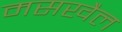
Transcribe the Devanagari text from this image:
मसखैल